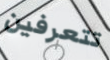
تتعرفين